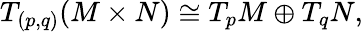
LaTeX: T_{(p,q)}(M\times N)\cong T_{p}M\oplus T_{q}N,